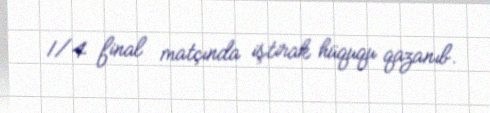
1/4 final matçında iştirak hüququ qazanıb.